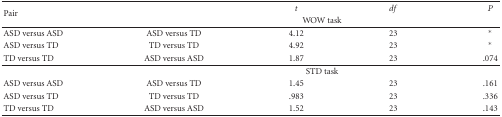
| <ROWSPAN=2> Pair |  | t | df | P |
 | <COLSPAN=4> WOW task |
 | --- | --- | --- | --- | --- |
 | ASD versus ASD | ASD versus TD | 4.12 | 23 | * |
 | ASD versus TD | TD versus TD | 4.92 | 23 | * |
 | TD versus TD | ASD versus ASD | 1.87 | 23 | .074 |
 |  | <COLSPAN=4> STD task |
 | ASD versus ASD | ASD versus TD | 1.45 | 23 | .161 |
 | ASD versus TD | TD versus TD | .983 | 23 | .336 |
 | TD versus TD | ASD versus ASD | 1.52 | 23 | .143 |